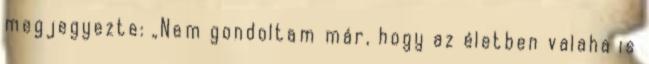
megjegyezte: „Nem gondoltam már, hogy az életben valaha is